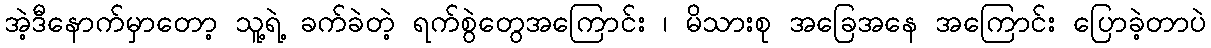
အဲ့ဒီနောက်မှာတော့ သူ့ရဲ့ ခက်ခဲတဲ့ ရက်စွဲတွေအကြောင်း ၊ မိသားစု အခြေအနေ အကြောင်း ပြောခဲ့တာပဲ